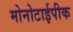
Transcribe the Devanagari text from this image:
मोनोटाईपीक